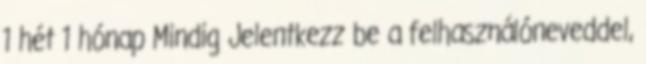
1 hét 1 hónap Mindig Jelentkezz be a felhasználóneveddel,